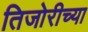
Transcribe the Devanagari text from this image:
तिजोरीच्या